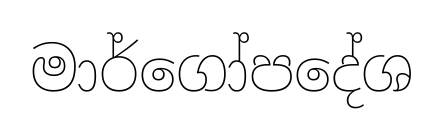
මාර්ගෝපදේශ